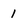
Character: 1